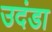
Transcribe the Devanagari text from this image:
उदंडा